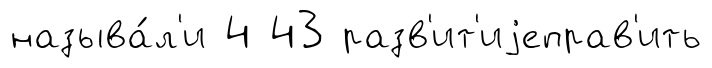
называ́л'и 4 43 разв'ит'иjеправ'ить